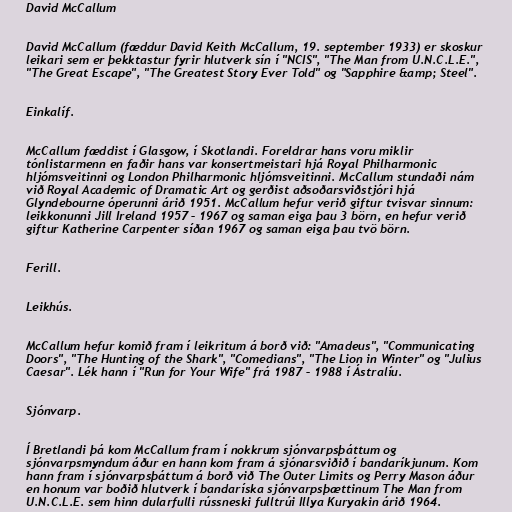
David McCallum

David McCallum (fæddur David Keith McCallum, 19. september 1933) er skoskur
leikari sem er þekktastur fyrir hlutverk sín í "NCIS", "The Man from U.N.C.L.E.",
"The Great Escape", "The Greatest Story Ever Told" og "Sapphire &amp; Steel".

Einkalíf.

McCallum fæddist í Glasgow, í Skotlandi. Foreldrar hans voru miklir
tónlistarmenn en faðir hans var konsertmeistari hjá Royal Philharmonic
hljómsveitinni og London Philharmonic hljómsveitinni. McCallum stundaði nám
við Royal Academic of Dramatic Art og gerðist aðsoðarsviðstjóri hjá
Glyndebourne óperunni árið 1951. McCallum hefur verið giftur tvisvar sinnum:
leikkonunni Jill Ireland 1957 – 1967 og saman eiga þau 3 börn, en hefur verið
giftur Katherine Carpenter síðan 1967 og saman eiga þau tvö börn.

Ferill.

Leikhús.

McCallum hefur komið fram í leikritum á borð við: "Amadeus", "Communicating
Doors", "The Hunting of the Shark", "Comedians", "The Lion in Winter" og "Julius
Caesar". Lék hann í "Run for Your Wife" frá 1987 – 1988 í Ástralíu.

Sjónvarp.

Í Bretlandi þá kom McCallum fram í nokkrum sjónvarpsþáttum og
sjónvarpsmyndum áður en hann kom fram á sjónarsviðið í bandaríkjunum. Kom
hann fram í sjónvarpsþáttum á borð við The Outer Limits og Perry Mason áður
en honum var boðið hlutverk í bandaríska sjónvarpsþættinum The Man from
U.N.C.L.E. sem hinn dularfulli rússneski fulltrúi Illya Kuryakin árið 1964.